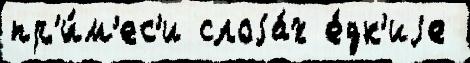
пр'и́м'ес'и слоjа́х е́дк'иjе